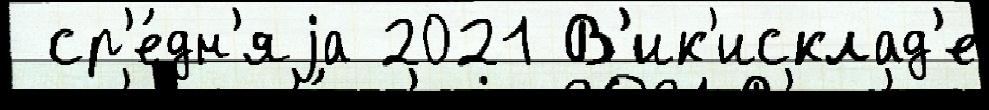
 ср'е́дн'яjа 2021 В'ик'исклад'е